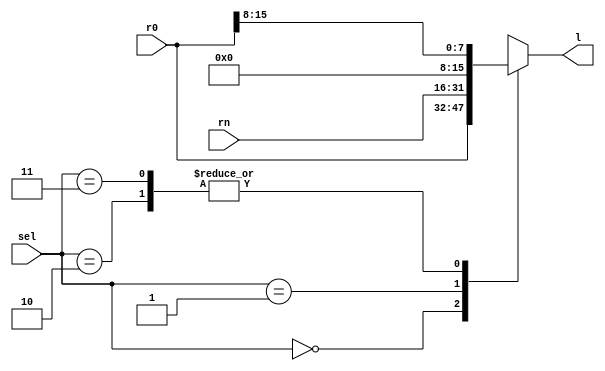
module l(
	input [0:15] r0,
	input [0:15] rn,
	input [0:1] sel,
	output [0:15] l
);

	always @ (*) begin
		case (sel)
			2'b00: l = r0;
			2'b01: l = rn;
			2'b10: l = {8'd0, r0[0:7]};
			2'b11: l = {8'd0, r0[0:7]};
		endcase
	end

endmodule